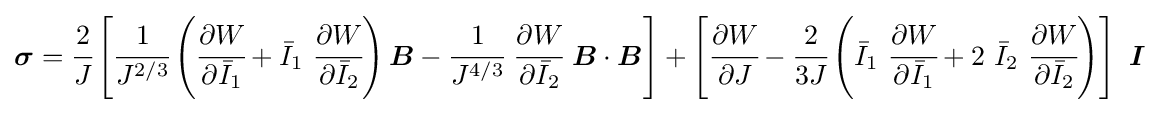
{\boldsymbol {\sigma }}={\cfrac {2}{J}}\left[{\cfrac {1}{J^{2/3}}}\left({\cfrac {\partial {W}}{\partial {\bar {I}}_{1}}}+{\bar {I}}_{1}~{\cfrac {\partial {W}}{\partial {\bar {I}}_{2}}}\right){\boldsymbol {B}}-{\cfrac {1}{J^{4/3}}}~{\cfrac {\partial {W}}{\partial {\bar {I}}_{2}}}~{\boldsymbol {B}}\cdot {\boldsymbol {B}}\right]+\left[{\cfrac {\partial {W}}{\partial J}}-{\cfrac {2}{3J}}\left({\bar {I}}_{1}~{\cfrac {\partial {W}}{\partial {\bar {I}}_{1}}}+2~{\bar {I}}_{2}~{\cfrac {\partial {W}}{\partial {\bar {I}}_{2}}}\right)\right]~{\boldsymbol {I}}